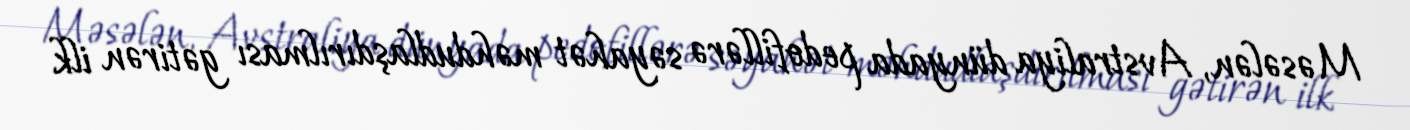
Məsələn, Avstraliya dünyada pedofillərə səyahət məhdudlaşdırılması gətirən ilk